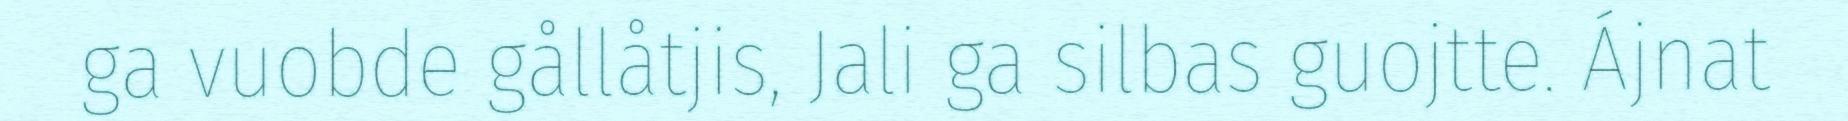
ga vuobde gållåtjis, Jali ga silbas guojtte. Ájnat